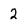
Character: 2